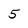
Character: 5